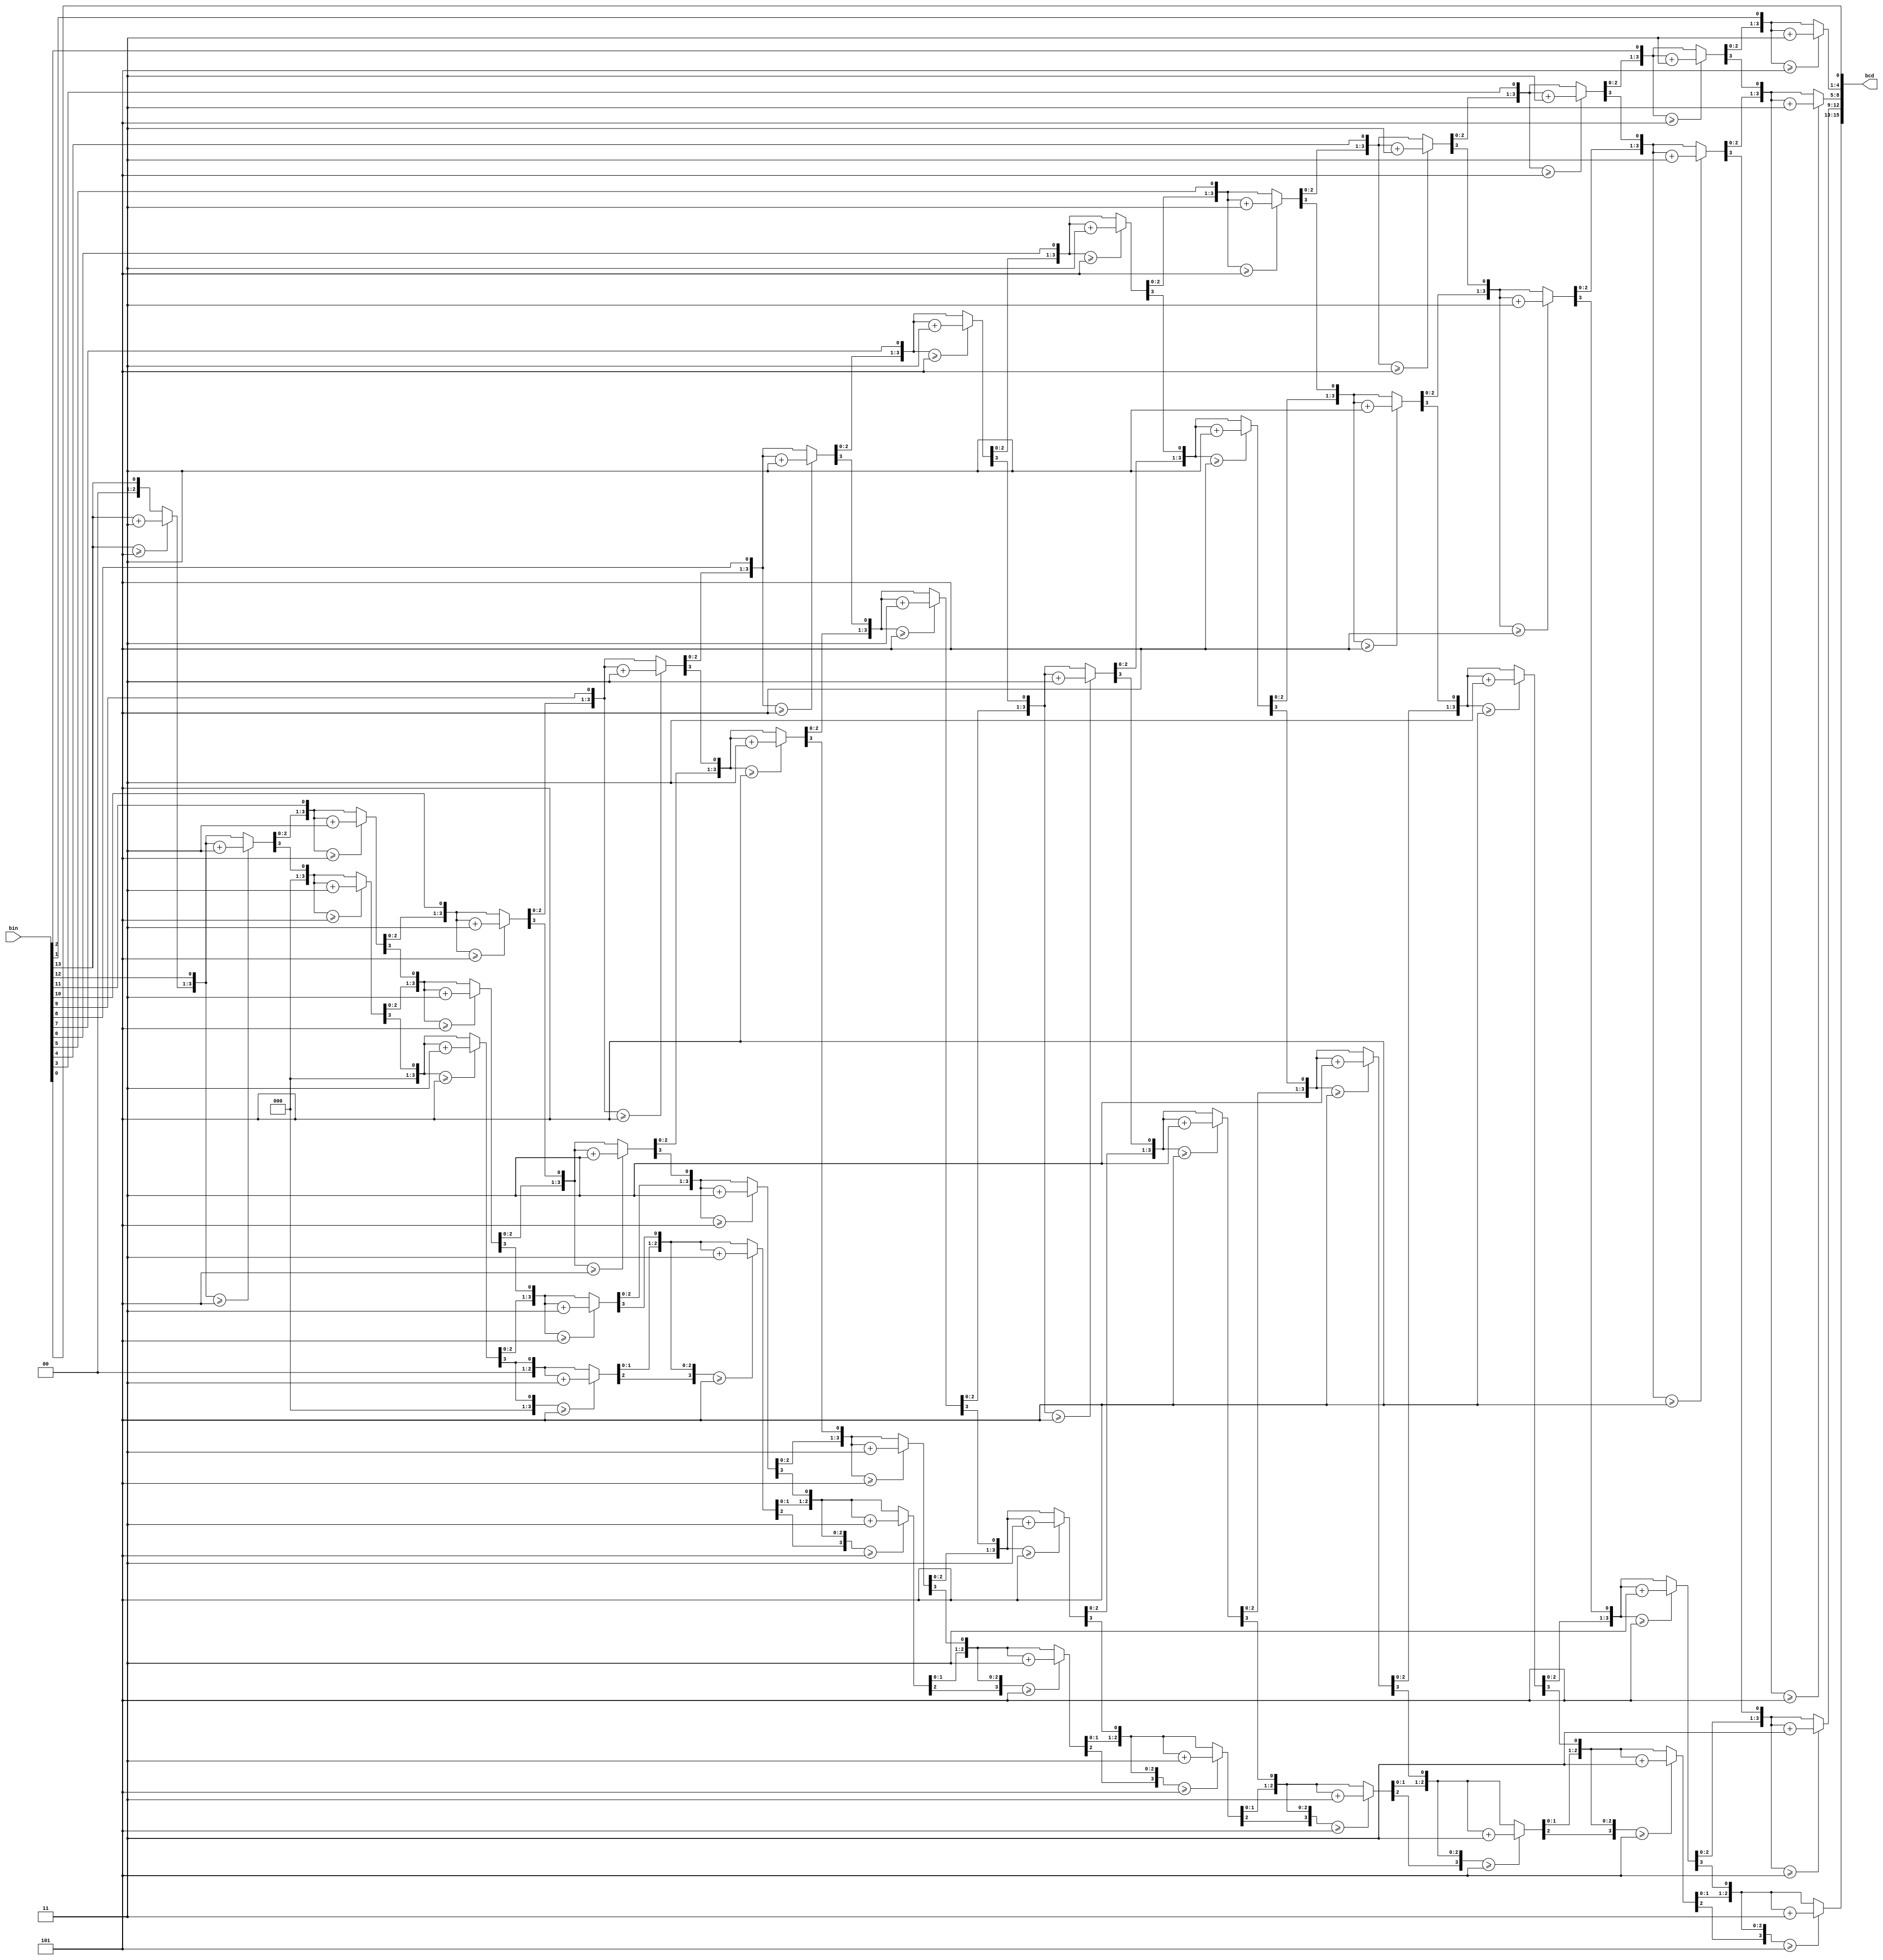
`timescale 1ns / 1ps
//////////////////////////////////////////////////////////////////////////////////
// Company: 
// Engineer: 
// 
// Design Name: 
// Module Name: bin2bcd
// Project Name: 
// Target Devices: 
// Tool Versions: 
// Description: 
// 
// Dependencies: 
// 
// Revision:
// Revision 0.01 - File Created
// Additional Comments:
// 
//////////////////////////////////////////////////////////////////////////////////


module bin2bcd(
   input [13:0] bin,
   output reg [15:0] bcd
   );
   
integer i;
	
always @(bin) begin
    bcd=0;		 	
    for (i=0;i<14;i=i+1) begin					//Iterate once for each bit in input number
        if (bcd[3:0] >= 5) bcd[3:0] = bcd[3:0] + 3;		//If any BCD digit is >= 5, add three
	if (bcd[7:4] >= 5) bcd[7:4] = bcd[7:4] + 3;
	if (bcd[11:8] >= 5) bcd[11:8] = bcd[11:8] + 3;
	if (bcd[15:12] >= 5) bcd[15:12] = bcd[15:12] + 3;
	bcd = {bcd[14:0],bin[13-i]};				//Shift one bit, and shift in proper bit from input 
    end
end
endmodule